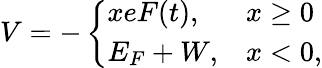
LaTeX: V=-\left\{ \begin{array}{ll}{xeF(t),}&{x\geq 0}\\ {E_{F}+W,}&{x<0,}\end{array}\right.